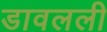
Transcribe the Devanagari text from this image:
डावलली